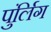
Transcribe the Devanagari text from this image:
पुंर्लिग